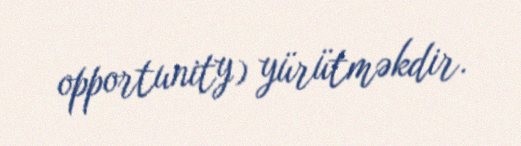
opportunity) yürütməkdir.